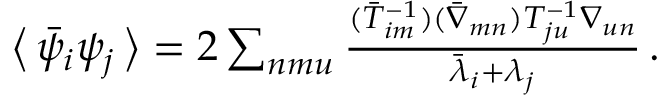
\begin{array} { r } { \big \langle \, \bar { \psi } _ { i } \psi _ { j } \, \big \rangle = 2 \sum _ { n m u } \frac { ( \bar { T } _ { i m } ^ { - 1 } ) ( \bar { \nabla } _ { m n } ) T _ { j u } ^ { - 1 } \nabla _ { u n } } { \bar { \lambda } _ { i } + \lambda _ { j } } \, . } \end{array}